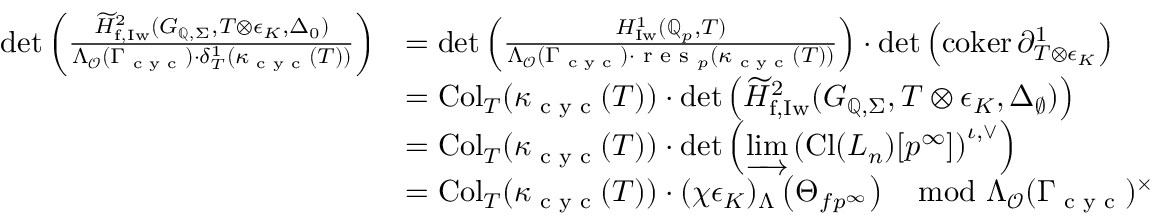
\begin{array} { r } { \begin{array} { r l } { \operatorname* { d e t } \left( \frac { \widetilde { H } _ { \mathrm { f , I w } } ^ { 2 } ( G _ { \mathbb { Q } , \Sigma } , T \otimes \epsilon _ { K } , \Delta _ { 0 } ) } { \Lambda _ { \mathcal { O } } ( \Gamma _ { \textup { c y c } } ) \cdot \delta _ { T } ^ { 1 } ( \kappa _ { \textup { c y c } } ( T ) ) } \right) } & { = \operatorname* { d e t } \left( \frac { { H } _ { \mathrm { I w } } ^ { 1 } ( \mathbb { Q } _ { p } , T ) } { \Lambda _ { \mathcal { O } } ( \Gamma _ { \textup { c y c } } ) \cdot \textup { r e s } _ { p } ( \kappa _ { \textup { c y c } } ( T ) ) } \right) \cdot \operatorname* { d e t } \left( \mathrm { c o k e r } \, \partial _ { T \otimes \epsilon _ { K } } ^ { 1 } \right) } \\ & { = \mathrm { C o l } _ { T } ( \kappa _ { \textup { c y c } } ( T ) ) \cdot \operatorname* { d e t } \left( \widetilde { H } _ { \mathrm { f , I w } } ^ { 2 } ( G _ { \mathbb { Q } , \Sigma } , T \otimes \epsilon _ { K } , \Delta _ { \emptyset } ) \right) } \\ & { = \mathrm { C o l } _ { T } ( \kappa _ { \textup { c y c } } ( T ) ) \cdot \operatorname* { d e t } \left( \varinjlim \left( \mathrm { C l } ( { L _ { n } } ) [ p ^ { \infty } ] \right) ^ { \iota , \vee } \right) } \\ & { = \mathrm { C o l } _ { T } ( \kappa _ { \textup { c y c } } ( T ) ) \cdot ( \chi \epsilon _ { K } ) _ { \Lambda } \left( \Theta _ { f p ^ { \infty } } \right) \mod \Lambda _ { \mathcal { O } } ( \Gamma _ { \textup { c y c } } ) ^ { \times } } \end{array} } \end{array}